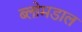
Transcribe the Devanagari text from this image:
ब्लोमडाल